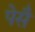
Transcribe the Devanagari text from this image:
पेसै